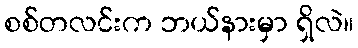
စစ်တလင်းက ဘယ်နားမှာ ရှိလဲ။